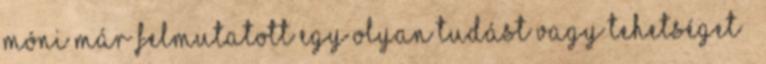
Móni már felmutatott egy olyan tudást vagy tehetséget –